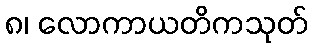
၈၊ လောကာယတိကသုတ်